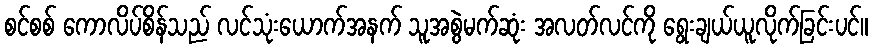
စင်စစ် ကောလိပ်စိန်သည် လင်သုံးယောက်အနက် သူအစွဲမက်ဆုံး အလတ်လင်ကို ရွေးချယ်ယူလိုက်ခြင်းပင်။